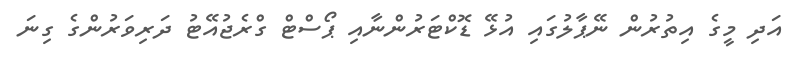
އަދި މީގެ އިތުރުން ނޭޕާލުގައި އުޅޭ ޑޮކްޓަރުންނާއި ޕޯސްޓް ގްރެޖުއޭޓު ދަރިވަރުންގެ ގިނަ